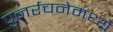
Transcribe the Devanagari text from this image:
पुनर्रचनेमध्ये